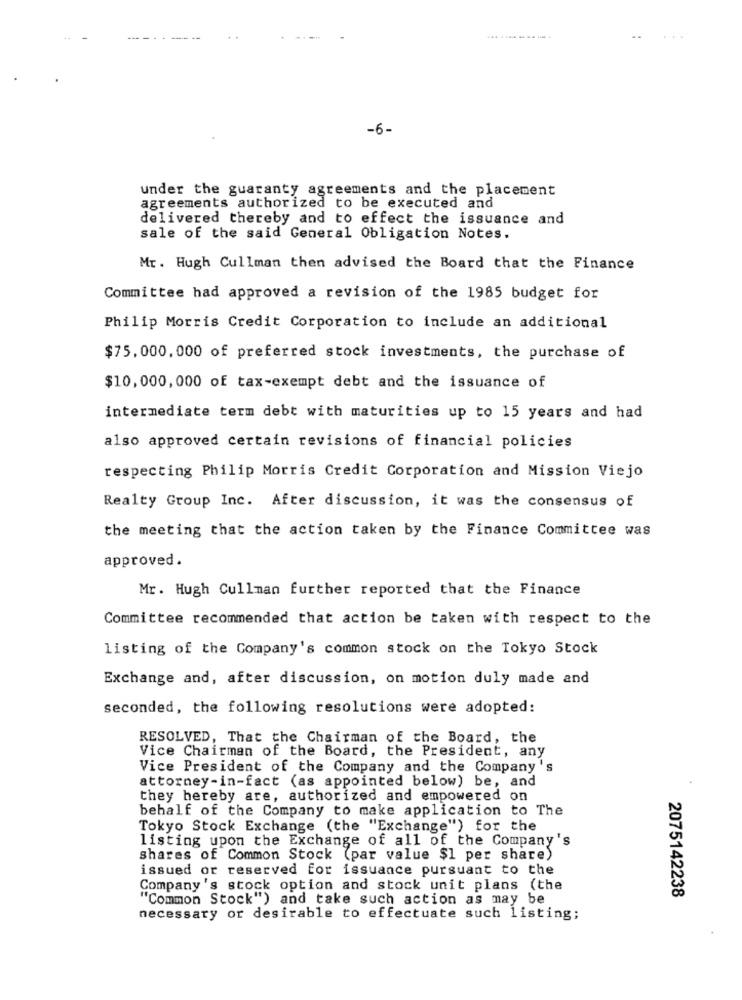
-6-
under the guaranty agreements and the placement
agreements authorized to be executed and
delivered thereby and to effect the issuance and
sale of the said General Obligation Notes.
Mr. Hugh Cullman then advised the Board that the Finance
Committee had approved a revision of the 1985 budget for
Philip Morris Credit Corporation to include an additional
$75,000, 000 of preferred stock investments, the purchase of
$10,000,000 of tax-exempt debt and the issuance of
intermediate term debt with maturities up to 15 years and had
also approved certain revisions of financial policies
respecting Philip Morris Credit Corporation and Mission Viejo
Realty Group Inc. After discussion, it was the consensus of
the meeting that the action taken by the Finance Committee was
approved.
Mr. Hugh Cullman further reported that the Finance
Committee recommended that action be taken with respect to the
listing of the Company's common stock on the Tokyo Stock
Exchange and, after discussion, on motion duly made and
seconded, the following resolutions were adopted:
RESOLVED, That the Chairman of the Board, the
Vice Chairman of the Board, the President, any
Vice President of the Company and the Company's
attorney-in-fact (as appointed below) be, and
they hereby are, authorized and empowered on
behalf of the Company to make application to The
Tokyo Stock Exchange (the "Exchange") for the
listing upon the Exchange of all of the Company's
shares of Common Stock (par value $1 per share)
issued or reserved for issuance pursuant to the
Company's stock option and stock unit plans (the
2075142238
"Common Stock") and take such action as may be
necessary or desirable to effectuate such listing;